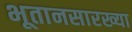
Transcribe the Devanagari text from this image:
भूतानसारख्या